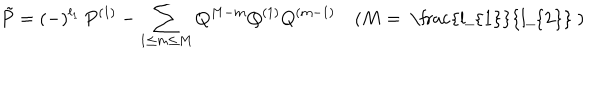
\tilde { P } = ( - ) ^ { l _ { 1 } } \, P ^ { ( 1 ) } - \sum _ { 1 \leq m \leq M } Q ^ { M - m } Q ^ { ( 1 ) } Q ^ { ( m - 1 ) } \quad ( M = \mathrm { ~ \frac { l _ { 1 } } { l _ { 2 } } ~ } )